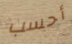
أحسب